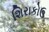
શિરાકોઉ